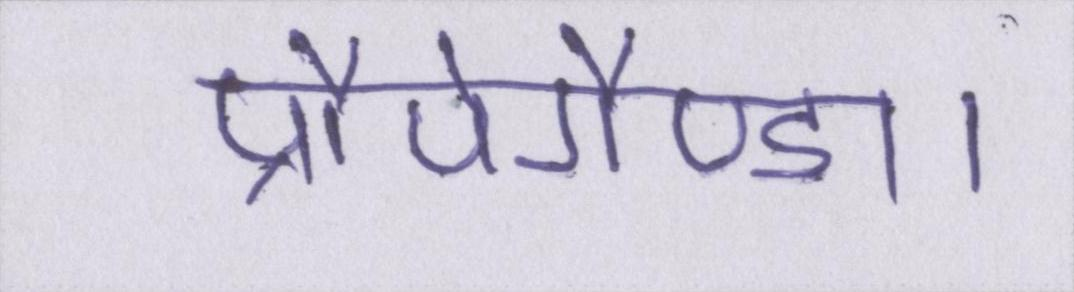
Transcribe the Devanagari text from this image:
प्रौपेगैण्डा।